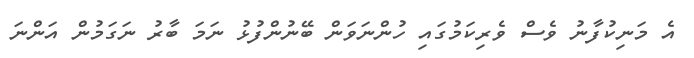
އެ މަނިކުފާނު ވެސް ވެރިކަމުގައި ހުންނަވަން ބޭނުންފުޅު ނަމަ ބާރު ނަގަމުން އަންނަ